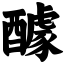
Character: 醵